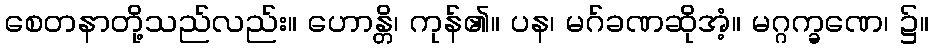
စေတနာတို့သည်လည်း။ ဟောန္တိ၊ ကုန်၏။ ပန၊ မဂ်ခဏဆိုအံ့။ မဂ္ဂက္ခဏေ၊ ၌။